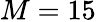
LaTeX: M=15